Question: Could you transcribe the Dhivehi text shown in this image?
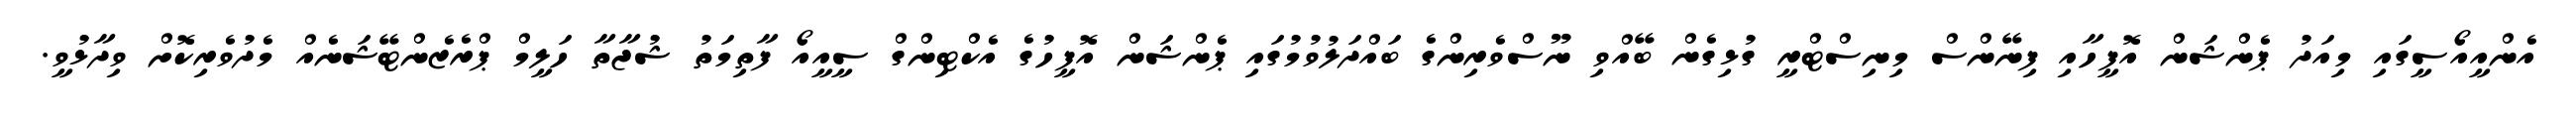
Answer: އެންއީއޯސީގައި މިއަދު ޕެންޝަން އޮފީހާއި ފިނޭންސް މިނިސްޓްރީ ގުޅިގެން ބޭއްވި ނޫސްވެރިންގެ ބައްދަލުވުމުގައި ޕެންޝަން އޮފީހުގެ އެކްޓިންގް ސީއީއޯ ފާތިމަތު ޝުޖާތާ ހަލީމް ޕްރެޒެންޓޭޝަނެއް މެދުވެރިކޮށް ވިދާޅުވީ.